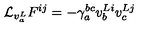
{ \mathcal L } _ { v _ { a } ^ { L } } F ^ { i j } = - \gamma _ { a } ^ { b c } v _ { b } ^ { L i } v _ { c } ^ { L j }